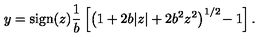
y = \mathrm { s i g n } ( z ) \frac { 1 } { b } \left[ \left( 1 + 2 b | z | + 2 b ^ { 2 } z ^ { 2 } \right) ^ { 1 / 2 } \! - 1 \right] .